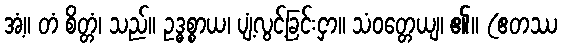
အံ့။ တံ စိတ္တံ၊ သည်။ ဥဒ္ဓစ္စာယ၊ ပျံ့လွင့်ခြင်းငှာ။ သံဝတ္တေယျ၊ ၏။ (ဧတဿ